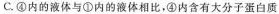
C.④内的液体与①内的液体相比，④内含有大分子蛋白质